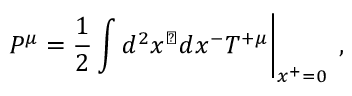
\left. P ^ { \mu } = \frac { 1 } { 2 } \int d ^ { 2 } x ^ { \perp } d x ^ { - } { \cal T } ^ { + \mu } \right| _ { x ^ { + } = 0 } \; ,